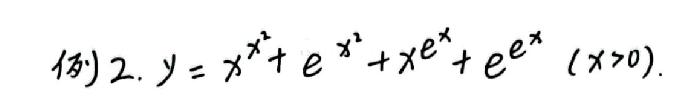
例 2. \(y = x^{x^{2}}+e^{x^{2}}+x^{e^{x}}+e^{e^{x}}\ (x > 0)\).